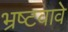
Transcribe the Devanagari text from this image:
भ्रष्टवावे